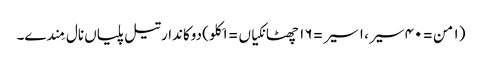
(١ من = ٤٠ سیر، ١ سیر = ١٦ چھٹانکیاں = ١ کِلو) دوکاندار تیل پلیاں نال مِندے۔